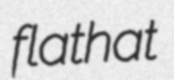
flathat